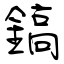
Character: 鎬